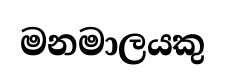
මනමාලයකු